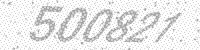
Solution: 500821